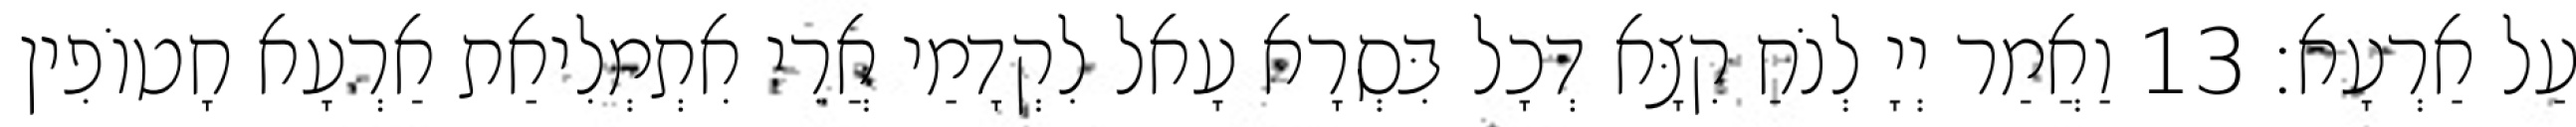
עַל אַרְעָא׃ 13 וַאֲמַר יְיָ לְנֹחַ קִצָּא דְּכָל בִּסְרָא עָאל לִקְדָמַי אֲרֵי אִתְמְלִיאַת אַרְעָא חָטוֹפִין